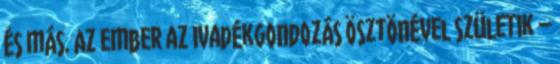
és más. Az ember az ivadékgondozás ösztönével születik –